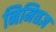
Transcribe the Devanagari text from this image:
निमित्तज्ञ